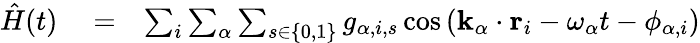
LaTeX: \begin{array}{rlr}{\hat{H}(t)}&{{}=}&{\sum_{i}\sum_{\alpha}\sum_{s\in\left\{ 0,1\right\} }g_{\alpha,i,s}\cos\left({\mathbf k}_{\alpha}\cdot{\mathbf r}_{i}-\omega_{\alpha}t-\phi_{\alpha,i}\right)}\end{array}